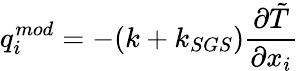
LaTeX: q_{i}^{mod}=-(k+k_{SGS})\frac{\partial\tilde{T}}{\partial x_{i}}